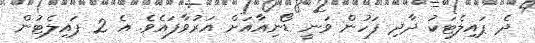
ދެ ޕައިލެޓަކު ދާދި ފަހުން ވަނީ ޑޯނިއާއަށް އަރުވާފައެވެ. އެ 2 ޕައިލެޓުން